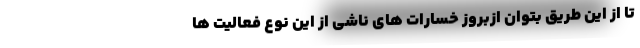
تا از این طریق بتوان ازبروز خسارات های ناشی از این نوع فعالیت ها